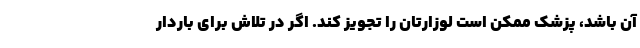
آن باشد، پزشک ممکن است لوزارتان را تجویز کند. اگر در تلاش برای باردار